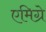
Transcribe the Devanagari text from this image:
एमिग्रे